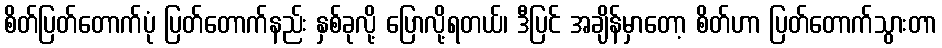
စိတ်ပြတ်တောက်ပုံ ပြတ်တောက်နည်း နှစ်ခုလို့ ပြောလို့ရတယ်၊ ဒီပြင် အချိန်မှာတော့ စိတ်ဟာ ပြတ်တောက်သွားတာ